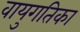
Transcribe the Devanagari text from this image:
वायुगतिका